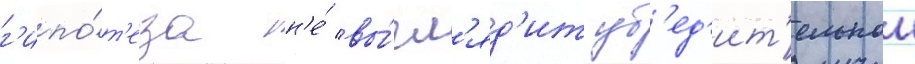
г'ипо́т'еза н'е́ вы́гл'яд'ит уб'ед'ит'ельнои